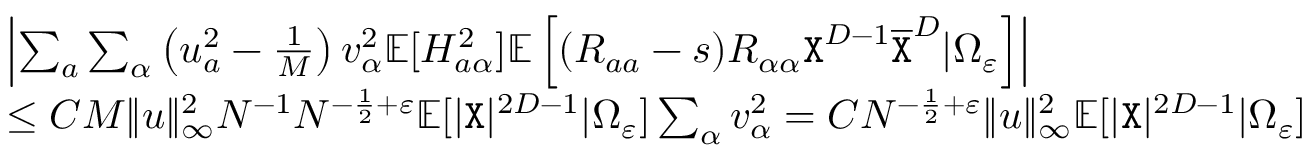
\begin{array} { r l } & { \left| \sum _ { a } \sum _ { \alpha } \left( u _ { a } ^ { 2 } - \frac 1 { M } \right) v _ { \alpha } ^ { 2 } \mathbb { E } [ H _ { a \alpha } ^ { 2 } ] \mathbb { E } \left[ ( R _ { a a } - s ) R _ { \alpha \alpha } { \texttt X } ^ { D - 1 } \overline { { { \texttt X } } } ^ { D } | \Omega _ { \varepsilon } \right] \right| } \\ & { \leq C M \| { \boldsymbol u } \| _ { \infty } ^ { 2 } N ^ { - 1 } N ^ { - \frac { 1 } { 2 } + \varepsilon } \mathbb { E } [ | { \texttt X } | ^ { 2 D - 1 } | \Omega _ { \varepsilon } ] \sum _ { \alpha } v _ { \alpha } ^ { 2 } = C N ^ { - \frac { 1 } { 2 } + \varepsilon } \| { \boldsymbol u } \| _ { \infty } ^ { 2 } \mathbb { E } [ | { \texttt X } | ^ { 2 D - 1 } | \Omega _ { \varepsilon } ] } \end{array}